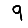
Digit: 9